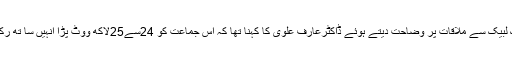
علاوہ ازیں تحریک لبیک سے ملاقات پر وضاحت دیتے ہوئے ڈاکٹرعارف علوی کا کہنا تھا کہ اس جماعت کو 24سے25لاکھ ووٹ پڑا انہیں سا تھ رکھنا ضروری ہے ۔